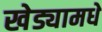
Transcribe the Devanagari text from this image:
खेड्यामधे